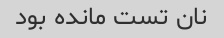
نان تست مانده بود